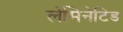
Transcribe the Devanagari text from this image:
लेमिनेटिड